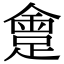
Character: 𨂮